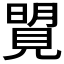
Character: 𧡜